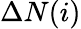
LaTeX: \Delta N(i)